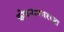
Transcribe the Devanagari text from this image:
कोयनानगरच्या